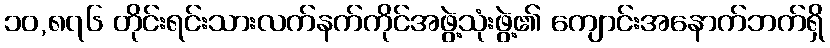
၁၀,၈၇၆ တိုင်းရင်းသားလက်နက်ကိုင်အဖွဲ့သုံးဖွဲ့၏ ကျောင်းအနောက်ဘက်ရှိ